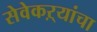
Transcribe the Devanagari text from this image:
सेवेकऱ्यांचा